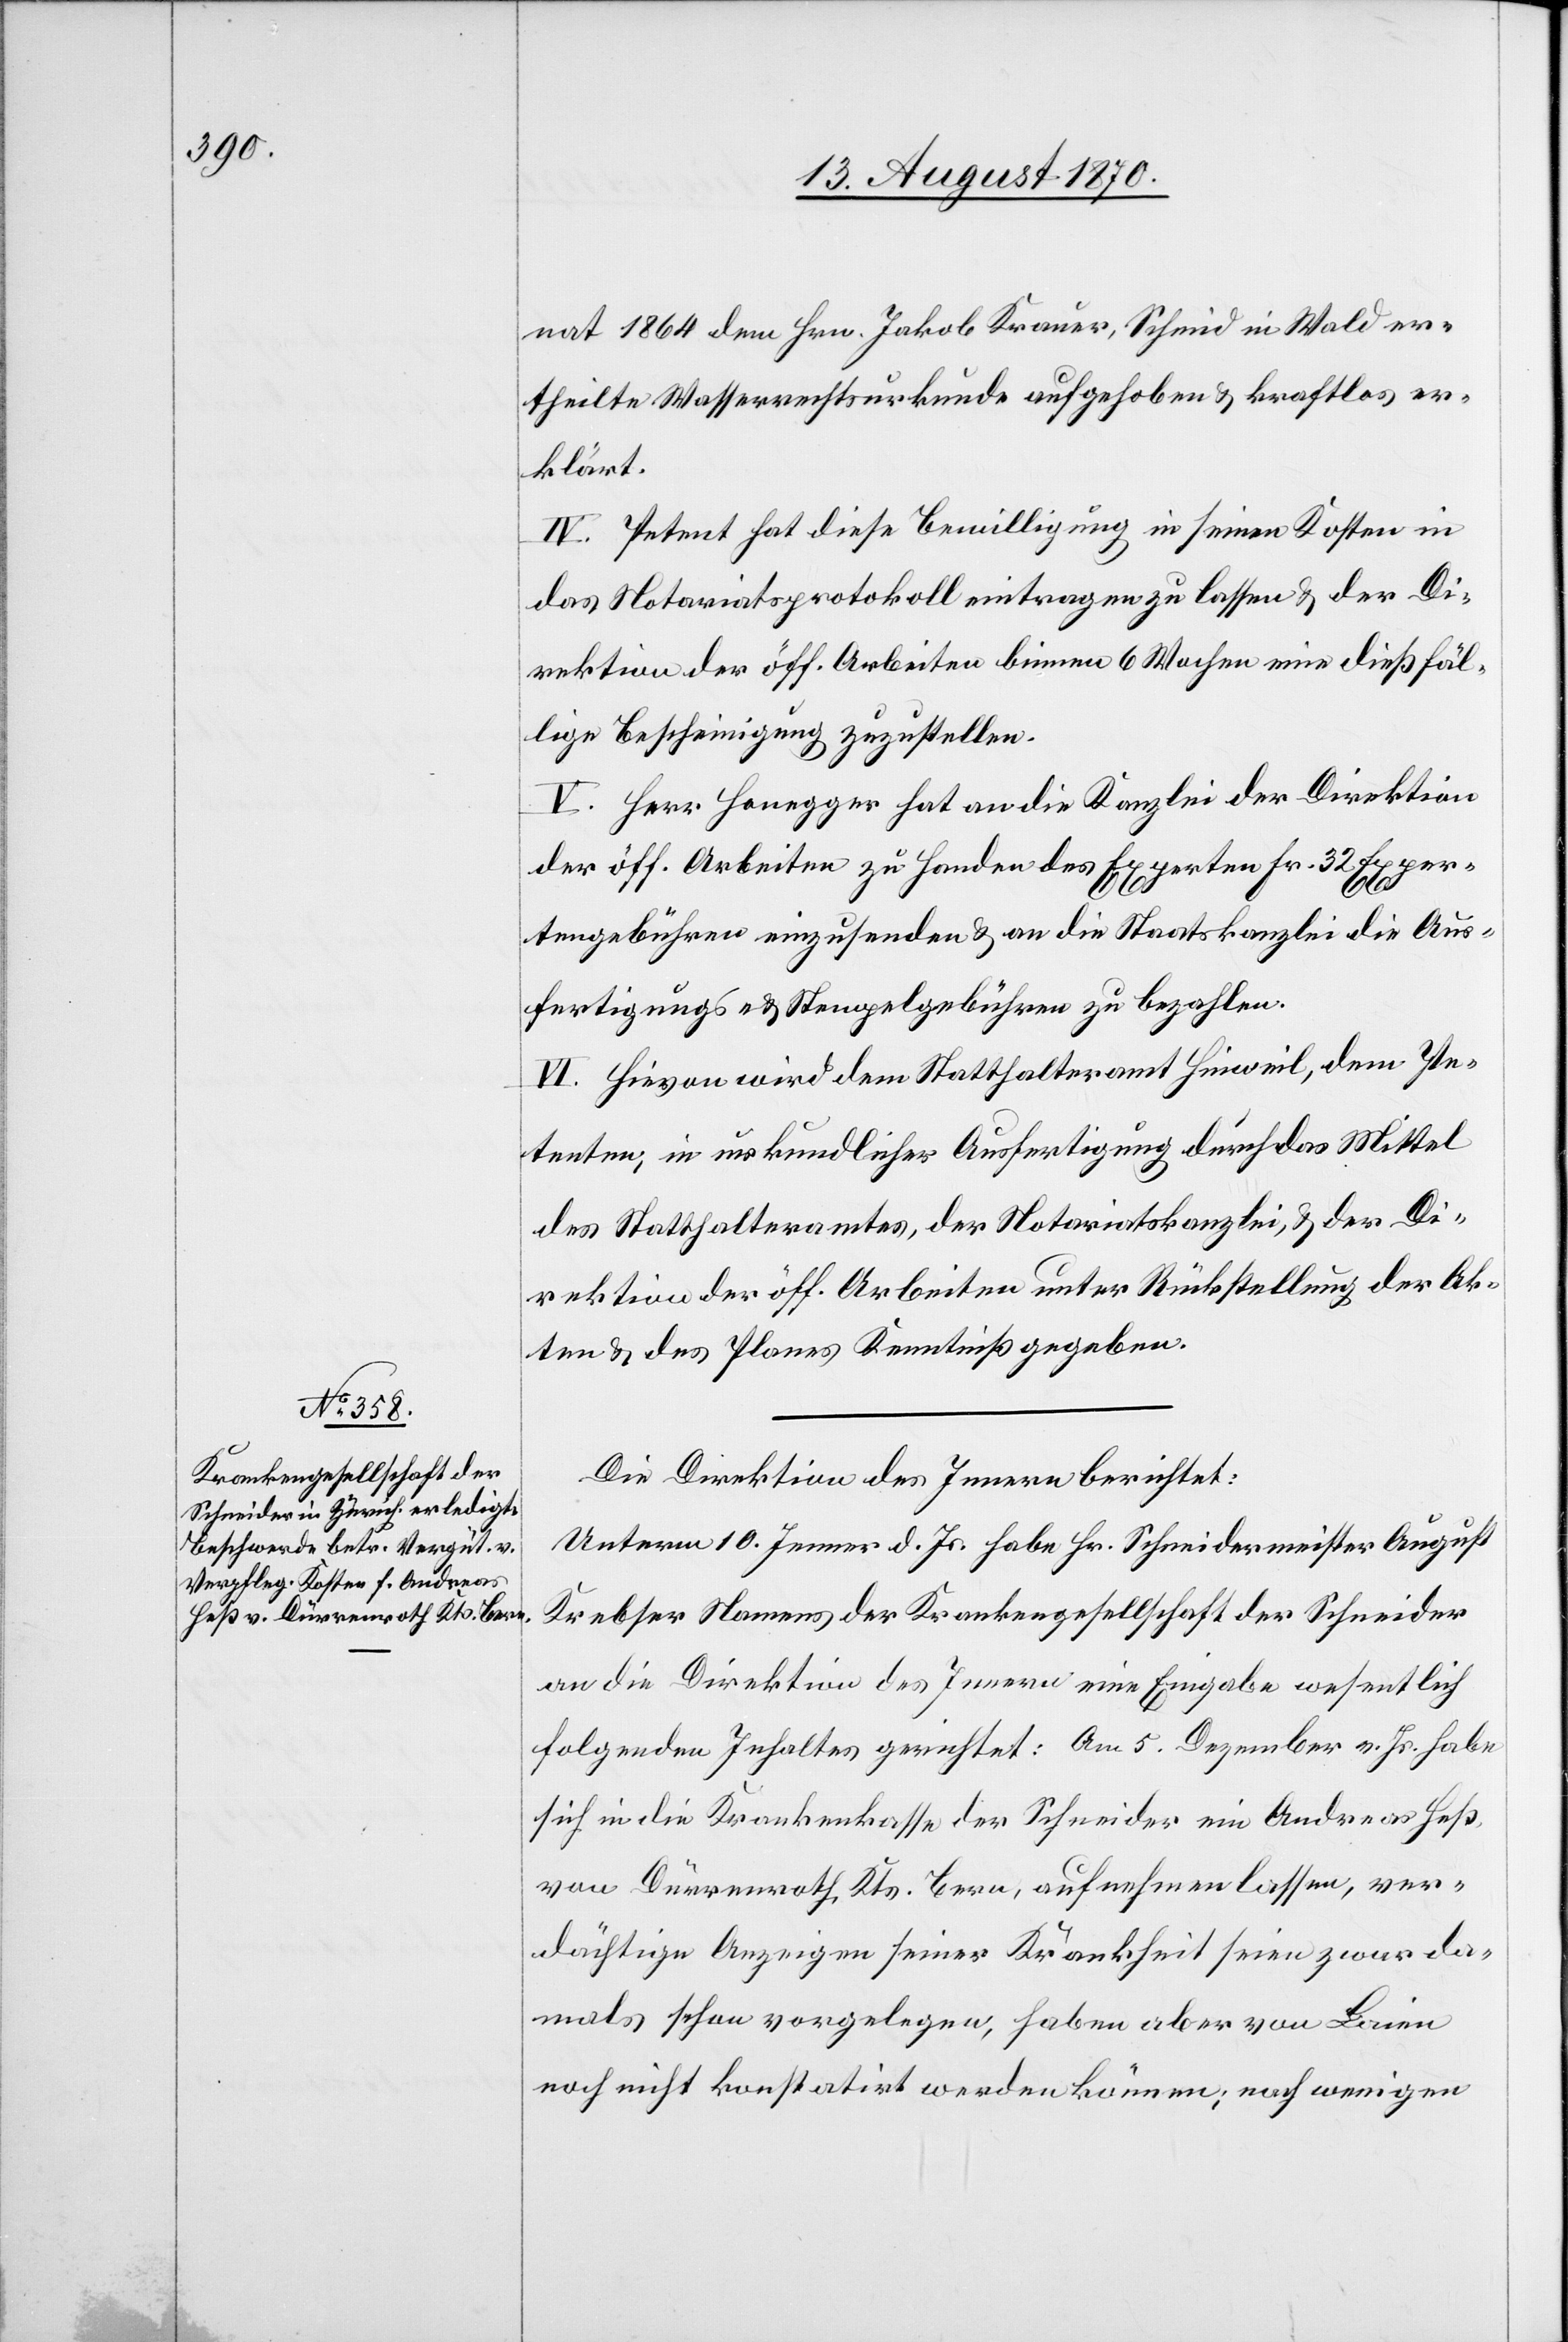
nat 1864 dem Hrn. Jakob Krauer, Schmid in Wald er¬
theilte Wasserrechtsurkunde aufgehoben & kraftlos er¬
klärt.
IV. Petent hat diese Bewilligung in seinen Kosten in
das Notariatsprotokoll eintragen zu lassen & der Di¬
rektion der öff. Arbeiten binnen 6 Wochen eine dießfäl¬
lige Bescheinigung zuzustellen.
V. Herr Honegger hat an die Kanzlei der Direktion
der öff. Arbeiten zu Handen des Experten Fr. 32 Exper¬
tengebühren einzusenden & an die Staatskanzlei die Aus¬
fertigungs- & Stempelgebühren zu bezahlen.
VI. Hievon wird dem Statthalteramt Hinweil, dem Pe¬
tenten in urkundlicher Ausfertigung durch das Mittel
des Statthalteramtes, der Notariatskanzlei, & der Di¬
rektion der öff. Arbeiten unter Rückstellung der Ak¬
ten & des Planes Kenntniß gegeben.
Die Direktion des Innern berichtet:
Unterm 10. Jenner d. Js. habe Hr. Schneidermeister August
Krebser Namens der Krankengesellschaft der Schneider
an die Direktion des Innern eine Eingabe wesentlich
folgenden Inhaltes gerichtet: Am 5. Dezember v. Js. habe
sich in die Krankenkasse der Schneider ein Andreas Heß
von Dürrenroth, Kts. Bern, aufnehmen lassen, ver¬
dächtige Anzeigen seiner Krankheit seien zwar da¬
mals schon vorgelegen, haben aber von Laie¬
n nicht konstatirt werden können; nach wenigen